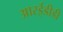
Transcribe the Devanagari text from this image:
आरईडीडी